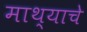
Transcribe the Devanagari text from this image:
माथ्याचे